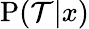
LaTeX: \mathrm{P}({\cal T}|x)